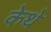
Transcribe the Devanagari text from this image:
केथे